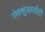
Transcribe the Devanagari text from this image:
सेक्शुआलीटी